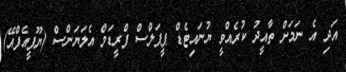
އަދި އެ ނަމަށް ތާއީދު ކުރެއްވީ ޔުނައިޓެޑް ޕީޕަލްސް ފްރީޑަމް އެލަޔަންސް (ޔޫޕީއެފްއޭ)